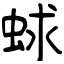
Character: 蛷